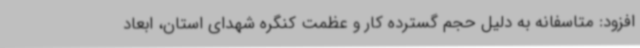
افزود: متاسفانه به دلیل حجم گسترده کار و عظمت کنگره شهدای استان، ابعاد